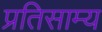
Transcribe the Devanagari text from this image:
प्रतिसाम्य